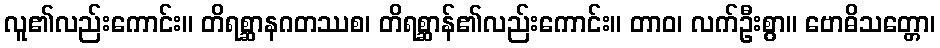
လူ၏လည်းကောင်း။ တိရစ္ဆာနဂတဿစ၊ တိရစ္ဆာန်၏လည်းကောင်း။ တာဝ၊ လက်ဦးစွာ။ ဗောဓိသတ္တော၊